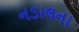
નડાલના